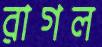
রাগল